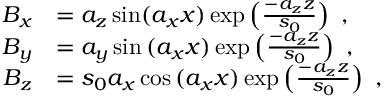
\begin{array} { r l } { B _ { x } } & { = a _ { z } \sin ( a _ { x } x ) \exp \left( \frac { - a _ { z } z } { s _ { 0 } } \right) ~ , } \\ { B _ { y } } & { = a _ { y } \sin { ( a _ { x } x ) } \exp \left( \frac { - a _ { z } z } { s _ { 0 } } \right) ~ , } \\ { B _ { z } } & { = s _ { 0 } a _ { x } \cos { ( a _ { x } x ) } \exp \left( \frac { - a _ { z } z } { s _ { 0 } } \right) ~ , } \end{array}